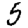
Digit: 5